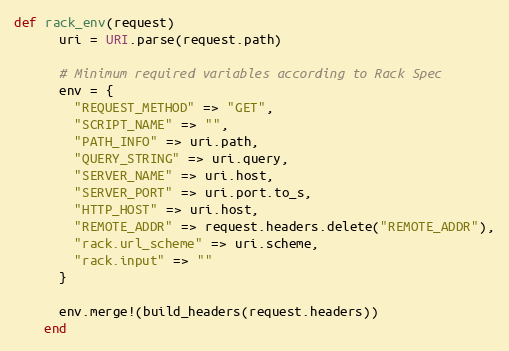
Language: Ruby
def rack_env(request)
      uri = URI.parse(request.path)

      # Minimum required variables according to Rack Spec
      env = {
        "REQUEST_METHOD" => "GET",
        "SCRIPT_NAME" => "",
        "PATH_INFO" => uri.path,
        "QUERY_STRING" => uri.query,
        "SERVER_NAME" => uri.host,
        "SERVER_PORT" => uri.port.to_s,
        "HTTP_HOST" => uri.host,
        "REMOTE_ADDR" => request.headers.delete("REMOTE_ADDR"),
        "rack.url_scheme" => uri.scheme,
        "rack.input" => ""
      }

      env.merge!(build_headers(request.headers))
    end